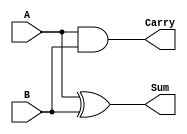
//Module for Half Adder
module half_adder (
    input wire A,   //Input bit A
    input wire B,   //Input bit B
    output wire Sum,    //output sum
    output wire Carry //output carry
);

//Sum is A XOR B
assign Sum = A ^ B;
assign Carry = A & B; 

endmodule